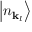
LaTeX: \left| n _ { \mathbf { k } _ { l } } \right\rangle